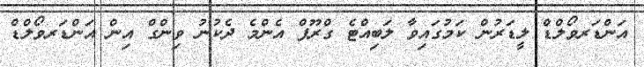
އަންޑަރވޯލްޑް ލީޑަރުން ކަމުގައިވާ ލަބިއްޓެ ގްރޫޕް އެންމެ ދެކުނު ވިންގް އިން އަންޑަރވޯލްޑް